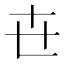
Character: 㔺